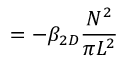
\frac { \d N } { \d t } = - \beta _ { 2 D } \frac { N ^ { 2 } } { \pi L ^ { 2 } }